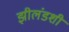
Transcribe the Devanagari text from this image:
झीलंडशी